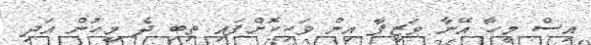
އިސް މީހާ އޭނާ ވަޒީފާ އިން ވަކިކޮށްފައި ތިބި ދެ މީހުން އަދި